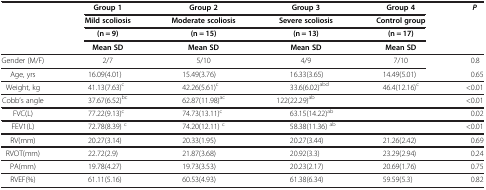
<table><thead><tr><td><b> </b></td><td><b>Group 1</b></td><td><b>Group 2</b></td><td><b>Group 3</b></td><td><b>Group 4</b></td><td><b><i>P</i></b></td></tr><tr><td><b> </b></td><td><b>Mild scoliosis</b></td><td><b>Moderate scoliosis</b></td><td><b>Severe scoliosis</b></td><td><b>Control group</b></td><td><b> </b></td></tr><tr><td><b> </b></td><td><b>(n = 9)</b></td><td><b>(n = 15)</b></td><td><b>(n = 13)</b></td><td><b>(n = 17)</b></td><td><b> </b></td></tr><tr><td><b> </b></td><td><b>Mean SD</b></td><td><b>Mean SD</b></td><td><b>Mean SD</b></td><td><b>Mean SD</b></td><td><b> </b></td></tr></thead><tbody><tr><td>Gender (M/F)</td><td>2/7</td><td>5/10</td><td>4/9</td><td>7/10</td><td>0.8</td></tr><tr><td>Age, yrs</td><td>16.09(4.01)</td><td>15.49(3.76)</td><td>16.33(3.65)</td><td>14.49(5.01)</td><td>0.65</td></tr><tr><td>Weight, kg</td><td>41.13(7.63)<sup>c</sup></td><td>42.26(5.61)<sup>c</sup></td><td>33.6(6.02)<sup>abd</sup></td><td>46.4(12.16)<sup>c</sup></td><td>&lt;0.01</td></tr><tr><td>Cobb’s angle</td><td>37.67(6.52)<sup>bc</sup></td><td>62.87(11.98)<sup>ac</sup></td><td>122(22.29)<sup>ab</sup></td><td> </td><td>&lt;0.01</td></tr><tr><td>FVC(L)</td><td>77.22(9.13)<sup>c</sup></td><td>74.73(13.11)<sup>c</sup></td><td>63.15(14.22)<sup>ab</sup></td><td> </td><td>0.02</td></tr><tr><td>FEV1(L)</td><td>72.78(8.39) <sup>c</sup></td><td>74.20(12.11) <sup>c</sup></td><td>58.38(11.36) <sup>ab</sup></td><td> </td><td>&lt;0.01</td></tr><tr><td>RV(mm)</td><td>20.27(3.14)</td><td>20.33(1.95)</td><td>20.27(3.44)</td><td>21.26(2.42)</td><td>0.69</td></tr><tr><td>RVOT(mm)</td><td>22.72(2.9)</td><td>21.87(3.68)</td><td>20.92(3.3)</td><td>23.29(2.94)</td><td>0.24</td></tr><tr><td>PA(mm)</td><td>19.78(4.27)</td><td>19.73(3.53)</td><td>20.23(2.17)</td><td>20.69(1.76)</td><td>0.75</td></tr><tr><td>RVEF(%)</td><td>61.11(5.16)</td><td>60.53(4.93)</td><td>61.38(6.34)</td><td>59.59(5.3)</td><td>0.82</td></tr></tbody></table>